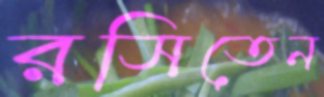
রসিতেন